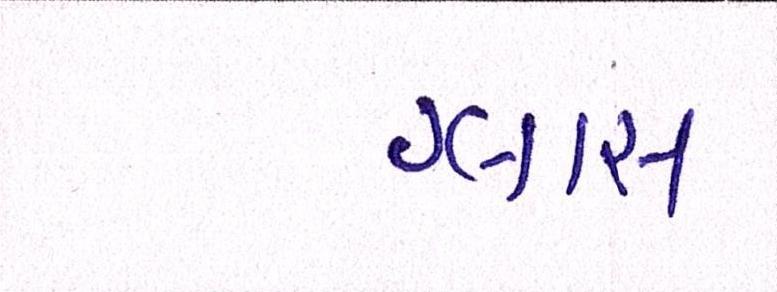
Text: ગ્લાસ